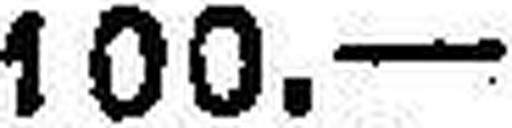
100.—